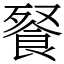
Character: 䬸